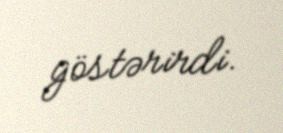
göstərirdi.